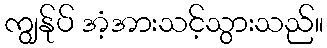
ကျွန်ုပ် အံ့အားသင့်သွားသည်။